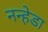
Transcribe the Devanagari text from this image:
नन्हेडा